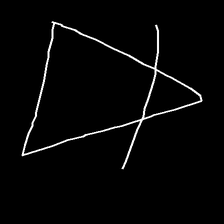
Glyph: empower